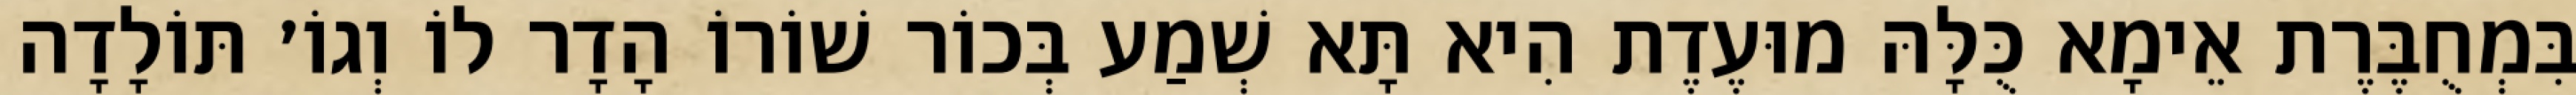
בִּמְחֻבֶּרֶת אֵימָא כֻּלָּהּ מוּעֶדֶת הִיא תָּא שְׁמַע בְּכוֹר שׁוֹרוֹ הָדָר לוֹ וְגוֹ׳ תּוֹלָדָה